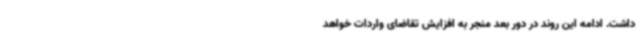
داشت. ادامه این روند در دور بعد منجر به افزایش تقاضای واردات خواهد